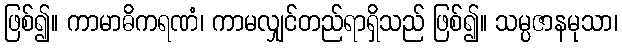
ဖြစ်၍။ ကာမာဓိကရဏံ၊ ကာမလျှင်တည်ရာရှိသည် ဖြစ်၍။ သမ္ပဇာနမုသာ၊